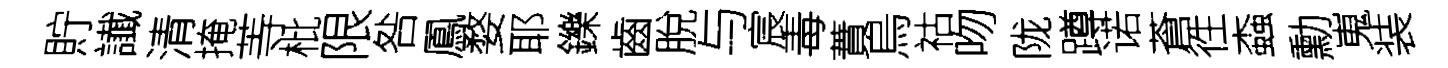
貯䜟清掩䓁枇限咎鳳婺耶鑠齒脫与宸毒蕡烏祜吻陇蹲诺蒼徃螙勳嵬装